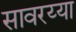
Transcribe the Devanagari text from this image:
सावरय्या